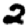
Digit: 2